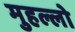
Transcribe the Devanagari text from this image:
मुहल्लो